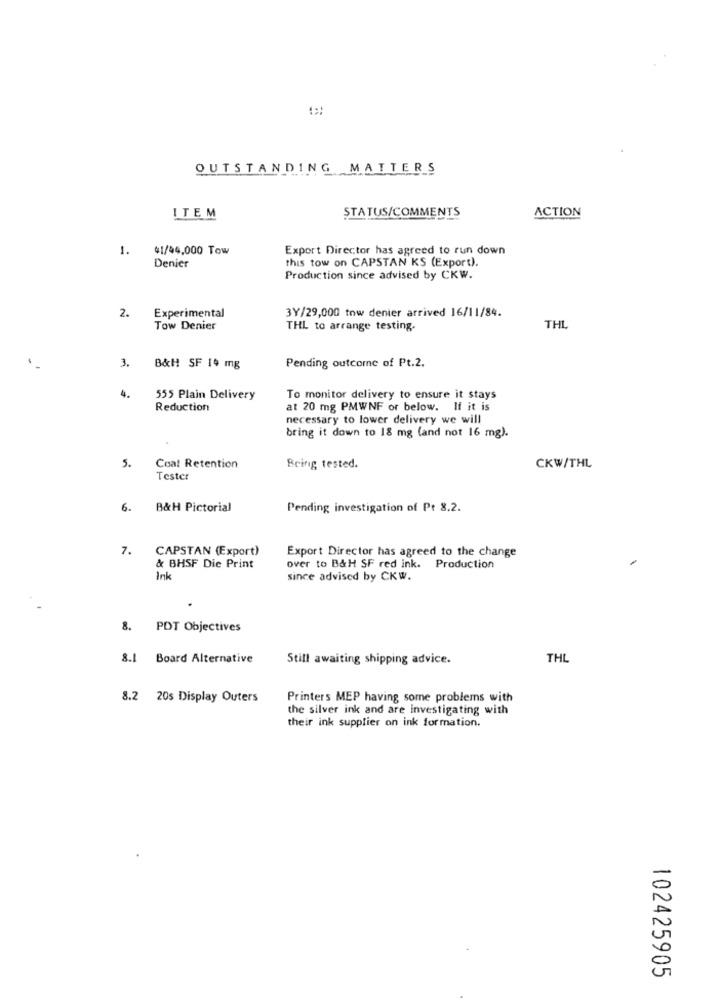
OUTSTANDING MATTERS
STATUS/COMMENTS
ACTION
ITEM
1.
41/44,000 Tow
Export Director has agreed to run down
Denier
this tow on CAPSTAN KS (Export).
Production since advised by CKW.
2.
Experimental
3Y/29,000 tow denier arrived 16/11/84.
Tow Denier
THL to arrange testing.
THL
3.
Pending outcome of Pt.2.
B&H SF 14 mg
4.
555 Plain Delivery
To monitor delivery to ensure it stays
Reduction
at 20 mg PMWNF or below. If it is
necessary to lower delivery we will
bring it down to 18 mg (and not 16 mg).
5.
Coal Retention
Being tested.
CKW/THL
Tester
6.
B&H Pictorial
Pending investigation of Pt 8.2.
7.
CAPSTAN (Export)
Export Director has agreed to the change
& BHSF Die Print
over to B&H SF red ink. Production
Ink
since advised by CKW.
8.
PDT Objectives
8.1
Board Alternative
Still awaiting shipping advice.
THL
8.2 20s Display Outers
Printers MEP having some problems with
the silver ink and are investigating with
their ink supplier on ink formation.
102425905